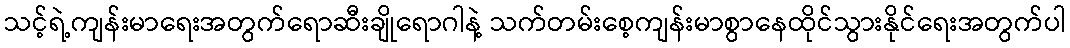
သင့်ရဲ့ကျန်းမာရေးအတွက်ရောဆီးချိုရောဂါနဲ့ သက်တမ်းစေ့ကျန်းမာစွာနေထိုင်သွားနိုင်ရေးအတွက်ပါ